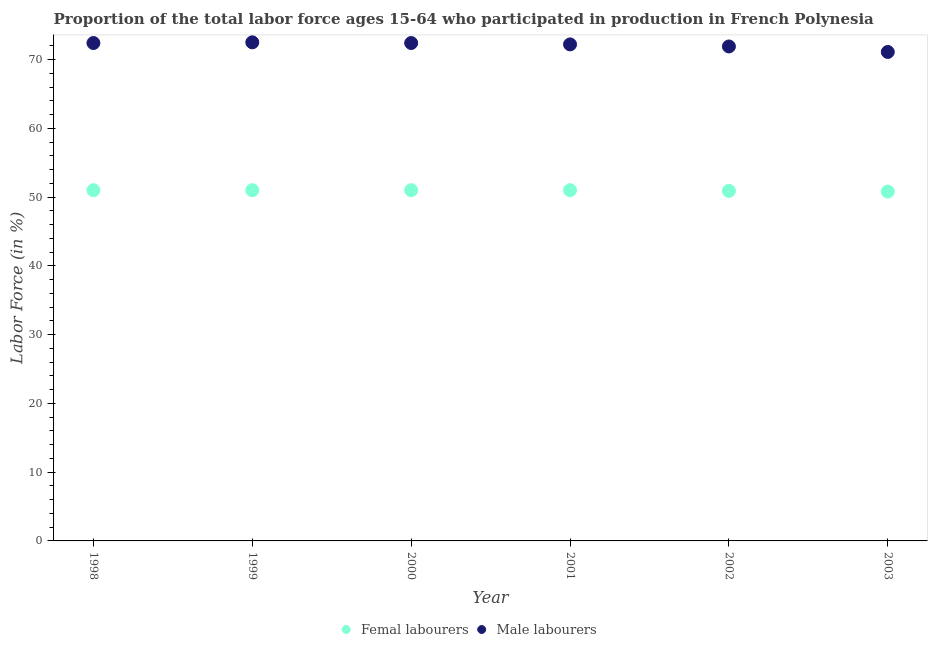
| Year | Femal labourers | Male labourers |
 | --- | --- | --- |
 | 1998 | 51 | 72.4 |
 | 1999 | 51 | 72.5 |
 | 2000 | 51 | 72.4 |
 | 2001 | 51 | 72.2 |
 | 2002 | 50.9 | 71.9 |
 | 2003 | 50.8 | 71.1 |